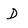
Character: D